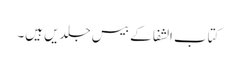
کتاب الشفا کے بیس جلدیں ہیں۔